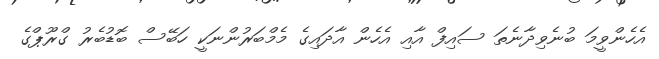
އެހެންވީމަ ބުނެވިދާނެތަ ސައިފް އާއި އެހެން އާދައިގެ މެމްބަރުންނަކީ ހަބޭސް ބޮޑުބެރު ގްރޫޕްގެ